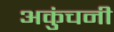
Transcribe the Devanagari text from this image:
अकुंचनी